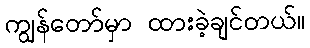
ကျွန်တော်မှာ ထားခဲ့ချင်တယ်။